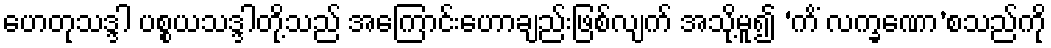
ဟေတုသဒ္ဒါ ပစ္စယသဒ္ဒါတို့သည် အကြောင်းဟောချည်းဖြစ်လျက် အသို့မူ၍ ‘ကိံ လက္ခဏော’စသည်ကို